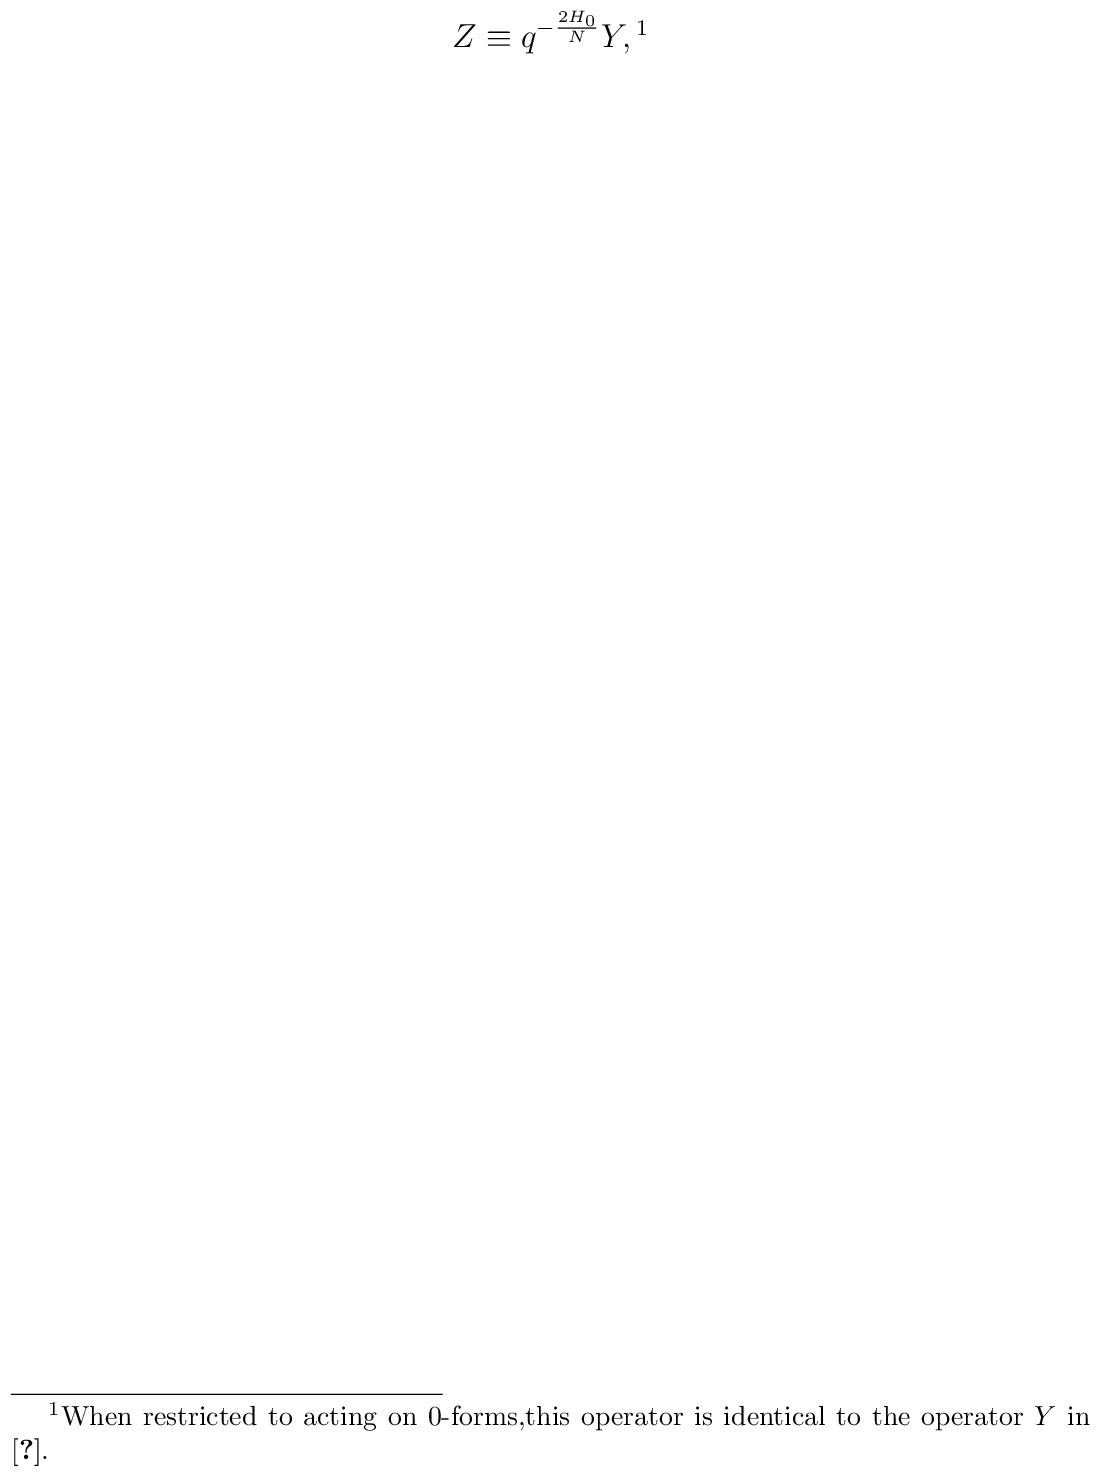
Z\equiv q^{-\frac{2H_{0}}{N}}Y,\footnote{When restricted to acting on 0-forms,this operator is identical to the operator $Y$ in \cite{Z2}.}